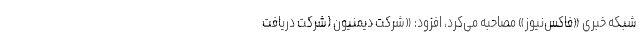
شبکه خبری «فاکس‌نیوز» مصاحبه می‌کرد، افزود: «شرکت دیمنیون (شرکت دریافت